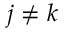
j \neq k